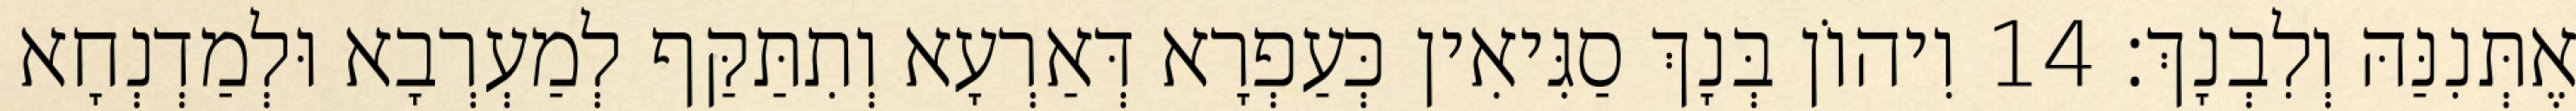
אֶתְּנִנַּהּ וְלִבְנָךְ׃ 14 וִיהוֹן בְּנָךְ סַגִּיאִין כְּעַפְרָא דְּאַרְעָא וְתִתַּקַּף לְמַעְרְבָא וּלְמַדְנְחָא